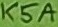
Text: K5A